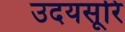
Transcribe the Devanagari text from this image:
उदयसूरि